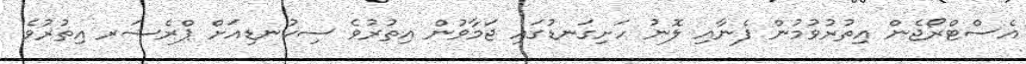
އެސްޓްރޯޖެން އިތުރުވުމުން ފެނާއި ލޮނު ހަށިގަނޑުގައި ޖަމާވުން އިތުރުވެ ސިކުނޑިއަށް ޕްރެޝަރ އިތުރުވެ